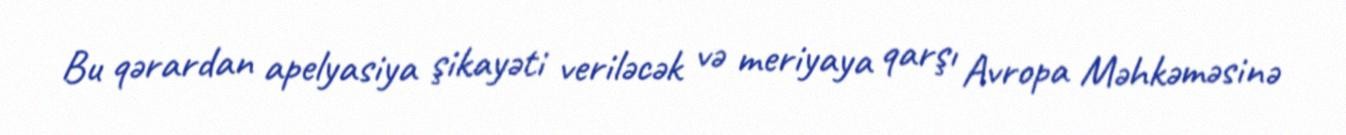
Bu qərardan apelyasiya şikayəti veriləcək və meriyaya qarşı Avropa Məhkəməsinə